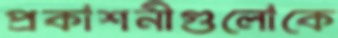
প্রকাশনীগুলোকে